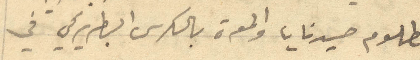
مظلوم صيدنايا والمعرة بالكرسي البطريركي في